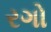
રગો